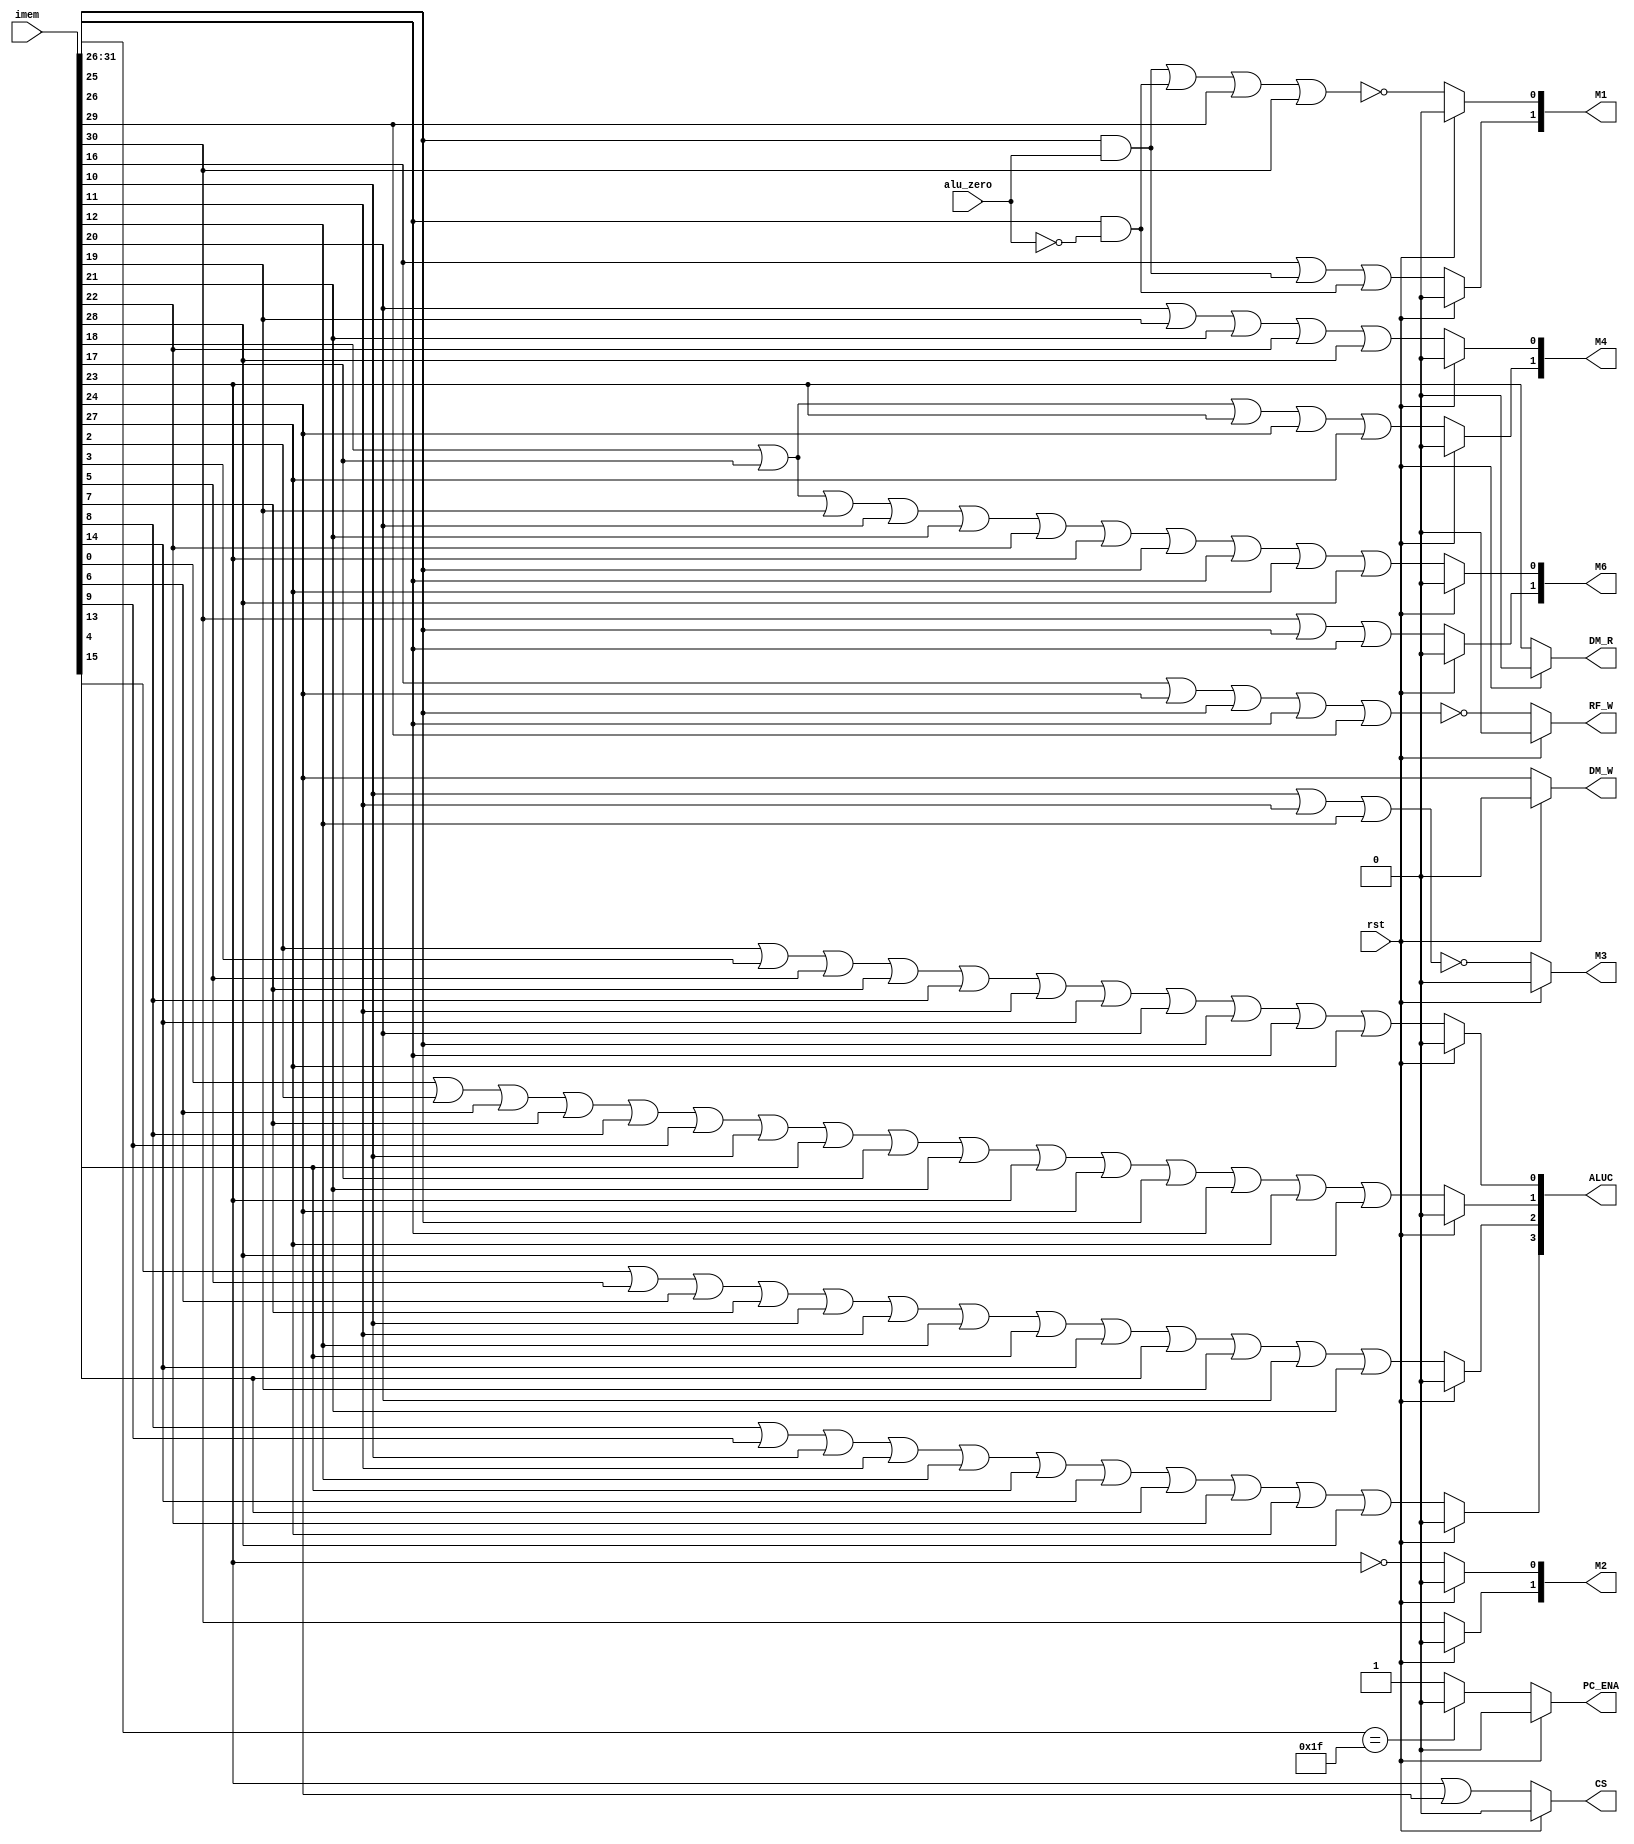
`timescale 1ns / 1ps
//////////////////////////////////////////////////////////////////////////////////
// Company: 
// Engineer: 
// 
// Design Name: 
// Module Name: control
// Project Name: 
// Target Devices: 
// Tool Versions: 
// Description: 
// 
// Dependencies: 
// 
// Revision:
// Revision 0.01 - File Created
// Additional Comments:
// 
//////////////////////////////////////////////////////////////////////////////////


module control(
    //input clk,
    input rst,
    input alu_zero,//,
    input [31 : 0] imem,
    //output PC_CLK,    
    // output IM_R,     
    output reg [1 : 0] M1,//0jjal142beqbne3jr       
    output reg [1 : 0] M2, //Write Data1ALU0Rt3jalnpc
    output reg M3,        
    output reg [1 : 0] M4,      
    //output reg M5,        
    output reg [1 : 0] M6,   //rtrd1rt0rd,2jal31        
    output reg [3 : 0] ALUC,
    output reg RF_W,     
    //output reg RF_CLK,   
    output reg DM_W,   
    output reg DM_R,     
    output reg CS,
    output reg PC_ENA
    );
    
    always @ (*)
        begin
            if(rst)
            begin
            M1 = 0;
            M2 = 0;        
            M3 = 0;        
            M4 =2'b0;      
            //M5 = 0;        
            M6 = 0;      
            ALUC = 4'b0;
            RF_W = 0;
            
            //RF_CLK = 0; 
            DM_W = 0;
            DM_R = 0;   
            CS = 0;
            PC_ENA = 0;
            end
            else
            begin
            M1[0] = ~(imem[25]&&(alu_zero) || imem[26]&&(~alu_zero) || imem[29] || imem[30]);//~(i_beq&&zero || i_bne&&(~zero) || i_j || i_jal);
            M1[1] =  imem[16] || (imem[25]&&(alu_zero)) || (imem[26]&&(~alu_zero)) ;   //i_jr || i_beq&&zero || i_bne&&(~zero);
            M2[0] = ~imem[23] /*&& ~imem[16]*/;// ~LW
            M2[1] = imem[30] /*|| imem[16]*/;//jal
            M3 = ~(imem[10] || imem[11] || imem[12] );//~(sll+srl+sra+jr)X-----~(sll+srl+sra)
            M4[0] = imem[20] || imem[19] || imem[21] || imem[22] || imem[28];//   ORI+ANDI+XORI+LUI+SLTUI
            M4[1] = imem[18] || imem[17] || imem[23] || imem[24] || imem[27]; //  ADDIU+ADDI+LW+SW+SLTI
            //M5 = (imem[25] & ~alu_zero) || (imem[26] & alu_zero);//BEQ&~0 +BNE&0
            M6[0] = imem[17] || imem[18] || imem[19] || imem[20] || imem[21] || imem[22] || imem[23] || imem[25] || imem[26] || imem[27] || imem[28];
               //ADDI+ADDIU+ORI+ANDI+XORI+LUI+LW+BEQ+BNE+SLTI+SLTIU
            M6[1] = imem[30] || imem[25] || imem[26];//i_jal || i_bne || i_beq;

            ALUC[0] = imem[2] || imem[3] || imem[5] || imem[7] || imem[8] || imem[11] || imem[14] || imem[20] || imem[25] || imem[26] || imem[27];
               //SUBU+SUB+OR+NOR+SLT+SRL+SRLV+ORI+BEQ+BNE+SLTI
            ALUC[1] = imem[0] || imem[2] || imem[6] || imem[7] || imem[8] || imem[9] || imem[10] || imem[13] || imem[17] || imem[21] || imem[23] || imem[24] || imem[25] || imem[26] || imem[27] || imem[28];
               //ADD+SUB+XOR+NOR+SLT+SLTU+SLL+SLLV+ADDI+XORI+LW+SW+BEQ+BNE+SLTI+SLTIU    
            ALUC[2] = imem[4] || imem[5] || imem[6] || imem[7] || imem[10] || imem[11] || imem[12] || imem[13] || imem[14] || imem[15] || imem[19] || imem[20] || imem[21];
               //AND+OR+XOR+NOR +SLL+SRL+SRA+SLLV+SRLV+SRAV+ORI+ANDI+XORI
            ALUC[3] = imem[8] || imem[9] || imem[10] || imem[11] || imem[12] || imem[13] || imem[14] || imem[15] || imem[22] || imem[27] || imem[28];
               //SLT+SLTU+SLL+SRL+SRA+SLLV+SRLV+SRAV +LUI+SLTI+SLTIU
           
            RF_W = ~(imem[16] || imem[24] || imem[25] || imem[26] || imem[29]);
               //~(JR+SW+BEQ+BNE+J)
            //RF_CLK = ~clk;//?
            DM_W = imem[24];//SW
            DM_R = imem[23];//LW
            CS = imem[23] || imem[24];//LW+SW
              
            PC_ENA = (imem[31 : 26]==5'h1f) ? 0 : 1; 
            end
        end
    
endmodule